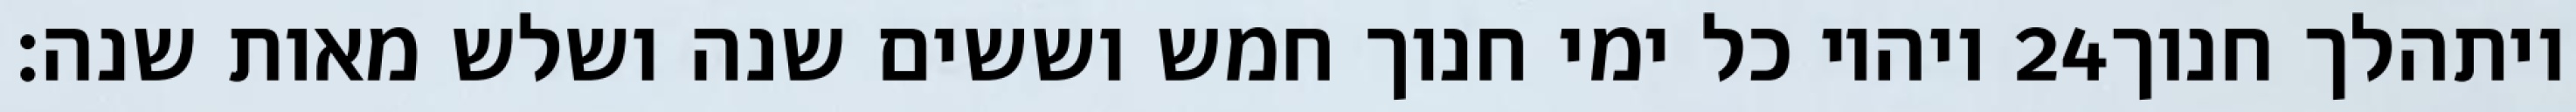
ויהיו כל ימי חנוך חמש וששים שנה ושלש מאות שנה׃ ‎24‏ ויתהלך חנוך